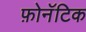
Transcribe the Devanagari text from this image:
फ़ोनॅटिक